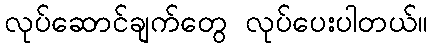
လုပ်ဆောင်ချက်တွေ လုပ်ပေးပါတယ်။